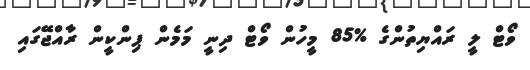
ވޯޓް ލީ ރައްޔިތުންގެ %85 މީހުން ވޯޓް ދިނީ މަމެން ޕިންކީން ރާއްޖޭގައި